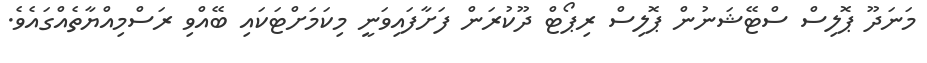
މަނަދޫ ޕޮލިސް ސްޓޭޝަނުން ޕޮލިސް ރިޕޯޓް ދޫކުރަން ފަށާފައިވަނީ މިކަމަށްޓަކައި ބޭއްވި ރަސްމިއްޔާތެއްގައެވެ.